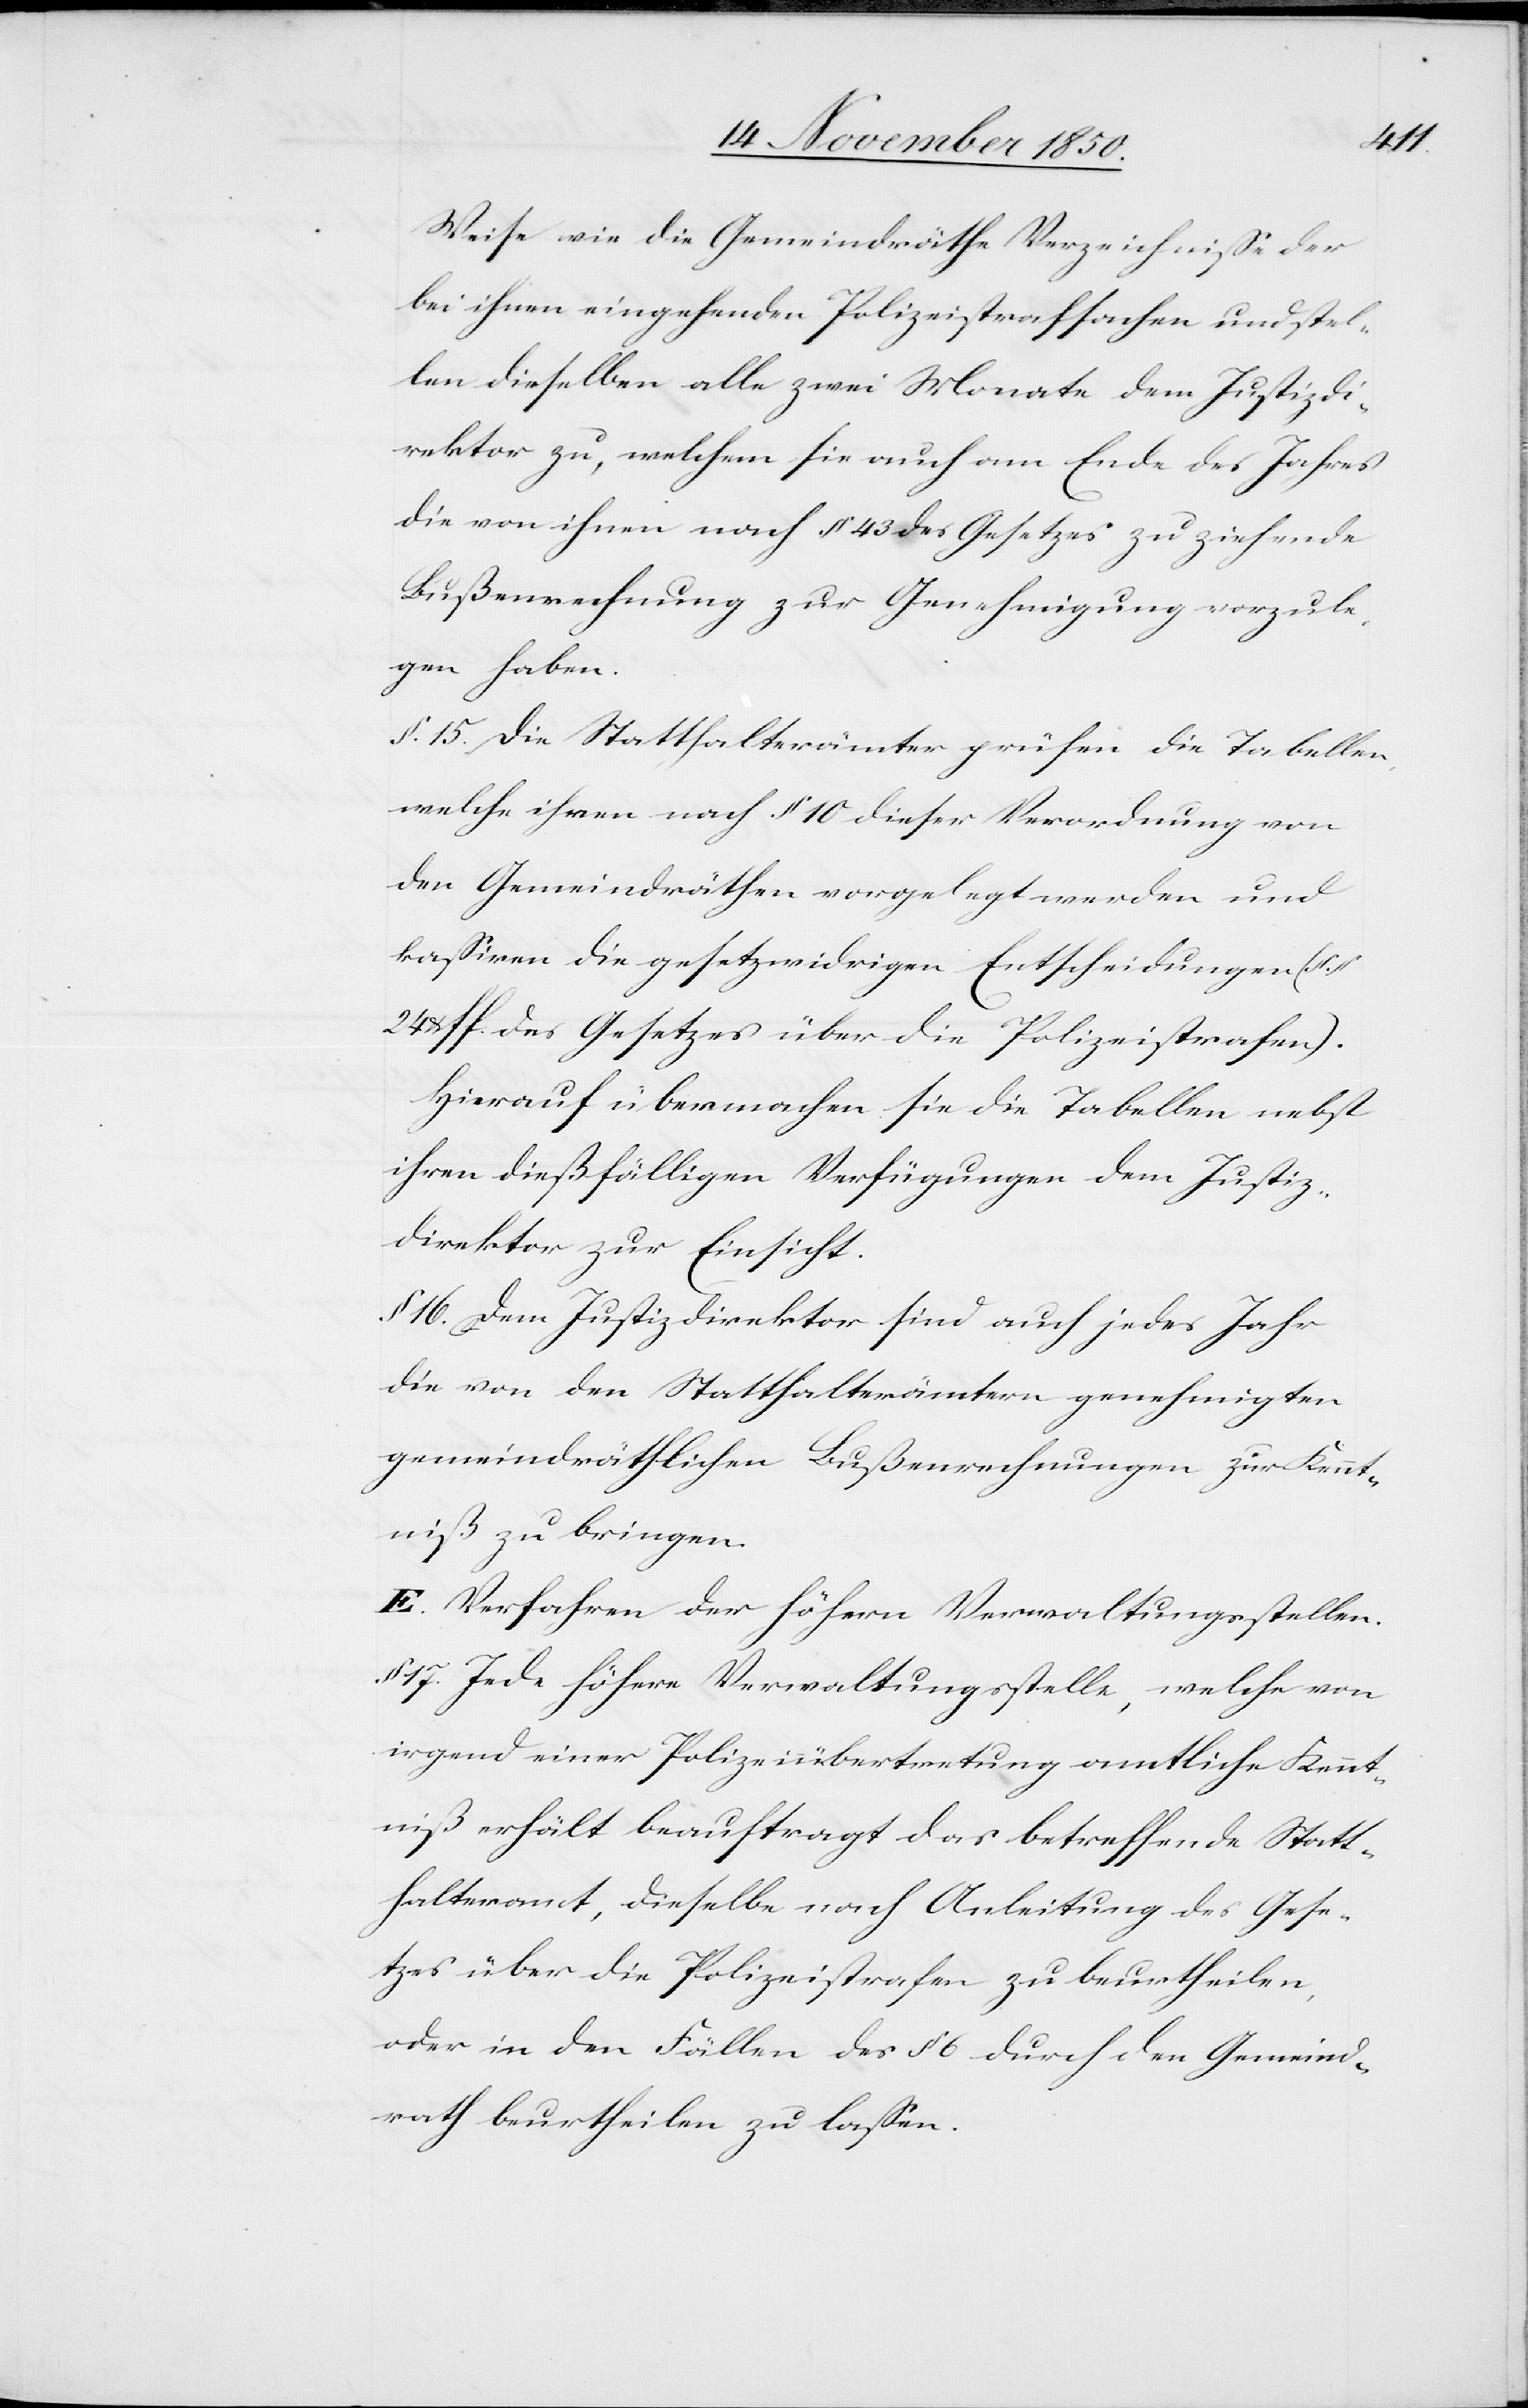
Weise wie die Gemeindräthe Verzeichnisse der
bei ihnen eingehenden Polizeistrafsachen und stel¬
len dieselben alle zwei Monate dem Justizdi¬
rektor zu, welchem sie auch am Ende des Jahres
die von ihnen nach § 43 des Gesetzes zu ziehende
Bußenrechnung zur Genehmigung vorzule¬
gen haben.
§. 15. Die Statthalterämter prüfen die Tabellen,
[recte: ihnen] nach § 10 dieser Verordnung von
den Gemeindräthen vorgelegt werden und
kassiren die gesetzwidrigen Entscheidungen (§.
u. s f. des Gesetzes über die Polizeistrafen).
Hierauf übermachen sie die Tabellen nebst
ihren dießfälligen Verfügungen dem Justiz-D¬
irektor zur Einsicht.
§ 16. Dem Justizdirektor sind auch jedes Jahr
die von den Statthalterämtern genehmigten
gemeindräthlichen Bußenrechnungen zur Kennt¬
niß zu bringen.
E. Verfahren der höhern Verwaltungsstellen.
§ 17. Jede höhere Verwaltungsstelle, welche von
irgend einer Polizeiübertretung amtliche Kennt¬
niß erhält beauftragt das betreffende Statt¬
halteramt, dieselbe nach Anleitung des Gese¬
tzes über die Polizeistrafen zu beurtheilen,
oder in den Fällen des § 6 durch den Gemeind¬
rath beurtheilen zu lassen.